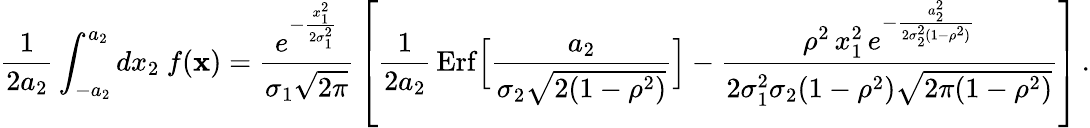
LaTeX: {\frac{1}{2a_{2}}}\int_{-a_{2}}^{a_{2}}dx_{2}\ f({\mathbf x})={\frac{e^{-{\frac{x_{1}^{2}}{2\sigma_{1}^{2}}}}}{\sigma_{1}\sqrt{2\pi}}}\left[{\frac{1}{2a_{2}}}\, \mathrm{Erf}\Big[{\frac{a_{2}}{\sigma_{2}\sqrt{2(1-\rho^{2})}}}\Big]-{\frac{\rho^{2}\, x_{1}^{2}\, e^{-{\frac{a_{2}^{2}}{2\sigma_{2}^{2}(1-\rho^{2})}}}}{2\sigma_{1}^{2}\sigma_{2}(1-\rho^{2})\sqrt{2\pi(1-\rho^{2})}}}\right]\, .